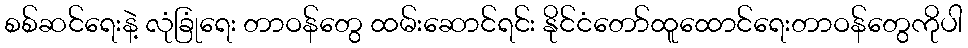
စစ်ဆင်ရေးနဲ့ လုံခြုံရေး တာဝန်တွေ ထမ်းဆောင်ရင်း နိုင်ငံတော်ထူထောင်ရေးတာဝန်တွေကိုပါ